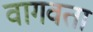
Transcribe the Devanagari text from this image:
वागवता